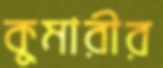
কুমারীর